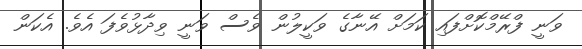
ވަނީ ފްރޭމްކޮށްފައި ކަމަށް އޭނާގެ ވަކީލުން ވެސް ވަނީ ވިދާޅުވެފަ އެވެ. އެކަން